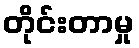
တိုင်းတာမှု